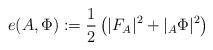
LaTeX: \begin{align*}e(A,\Phi):=\frac{1}{2}\left(\lvert F_A\rvert^2 + \lvert_A\Phi\rvert^2\right)\end{align*}